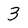
Character: 3